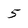
Character: 5